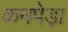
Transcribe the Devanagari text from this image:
कनपेड़ा